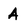
Character: A